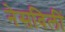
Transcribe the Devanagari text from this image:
नेसविलीं